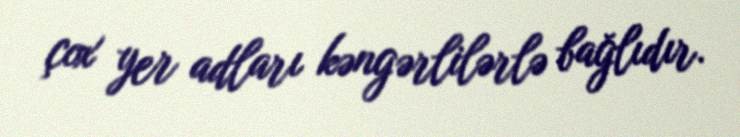
çox yer adları kəngərlilərlə bağlıdır.